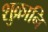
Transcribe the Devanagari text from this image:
शुक्रानि